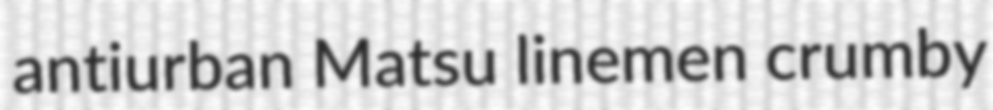
antiurban Matsu linemen crumby